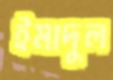
ইমাদুল